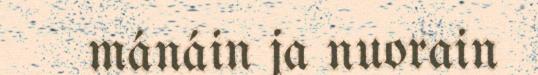
mánáin ja nuorain